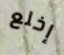
إخلع